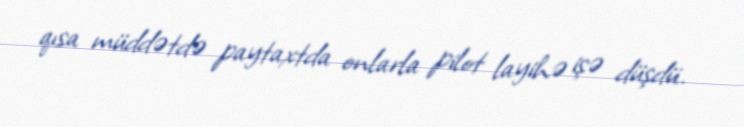
qısa müddətdə paytaxtda onlarla pilot layihə işə düşdü.